Leaving Certificate Examination, 1919
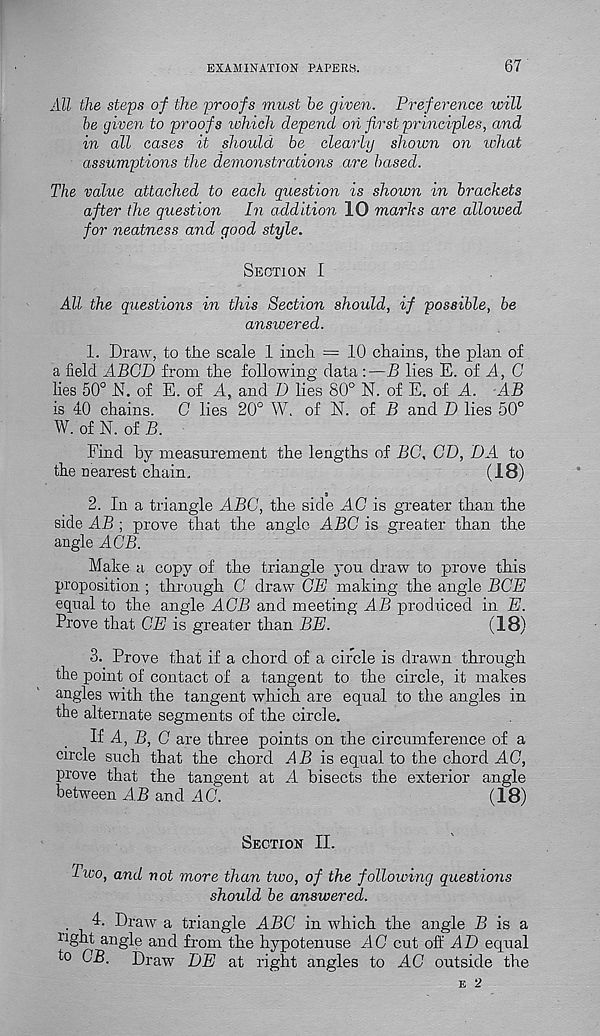
EXAMINATION PAPERS.
67
All the steps of the proofs must be given. Preference will
be given to proofs which depend on first principles, and
in all cases it should be clearly shown on ichat
assumptions the demonstrations are based.
The value attached to each question is shown in brackets
after the question In addition 10 marks are allowed
for neatness and good style.
Section I
All the questions in this Section should, if possible, be
answered.
1. Draw, to tire scale 1 incli = 10 chains, the plan of
a field ABGD from the following data :—B lies E. of il, C
lies 50° N. of E. of A, and D lies 80° N. of E. of A AB
is 40 chains.
G lies 20° W. of N. of B and D lies 50°
W. of N. of B.
Find by measurement the lengths of BC, GD, DA to
the nearest chain,
(18)
2. In a triangle ABC, the side AG is greater than the
side AB ; prove that the angle ABC is greater than the
angle AGB.
Make a copy of the triangle you draw to prove this
proposition ; through G draw CE making the angle BCE
equal to the angle AGB and meeting AB prodiiced in E.
Prove that CE is greater than BE.
(18)
3. Prove that if a chord of a circle is drawn through
the point of contact of a tangent to the circle, it makes
angles with the tangent which are equal to the angles in
the alternate segments of the circle.
Ii A, B, G are three points on the circumference of a
circle such that the chord AB is equal to the chord AC,
prove that the tangent at A bisects the exterior angle
between AB and AG.
(18)
Section II.
Two, and not more than two, of the following questions
should be answered.
. 4. Draw a triangle ABC in which the angle 15 is a
ri ght angle and from the hypotenuse AG cut off AI) equal
to GB. Draw DE at right angles to AG outside the